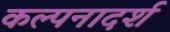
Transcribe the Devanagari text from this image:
कल्पनादर्श